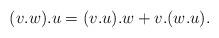
LaTeX: \begin{align*}(v.w).u= (v.u).w + v.(w.u).\end{align*}